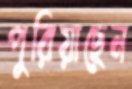
পুরিয়াছেন